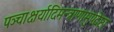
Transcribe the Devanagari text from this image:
पञ्चाक्षर्यादिमन्त्राणामुपदेष्टा